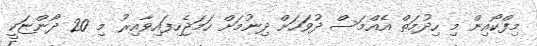
މިފްކޯއިން މި ހިދުމަތް އެއްމަސް ދުވަހަށް ދިނުމަށް ހަމަޖެހިފައިވާއިރު މި 20 ދޯންޏަކީ